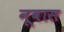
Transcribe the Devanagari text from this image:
नूवास